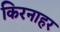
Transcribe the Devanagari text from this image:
किरनाहर